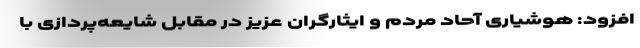
افزود: هوشیاری آحاد مردم و ایثارگران عزیز در مقابل شایعه‌پردازی با